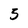
Character: 5